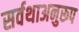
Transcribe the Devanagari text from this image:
सर्वथाअनुरूप